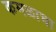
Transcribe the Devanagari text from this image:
कमळाचा